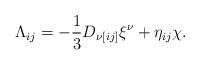
LaTeX: \begin{align*}\Lambda_{ij}=-{\frac{1}{3}}D_{\nu[ij]}\xi^{\nu}+\eta_{ij} \chi.\end{align*}